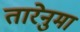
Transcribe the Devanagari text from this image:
तारेनुमा